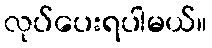
လုပ်ပေးရပါမယ်။